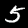
Digit: 5